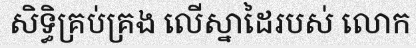
សិទ្ធិគ្រប់គ្រង លើស្នាដៃរបស់ លោក